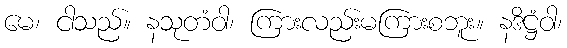
မေ၊ ငါသည်။ နသုတံဝါ၊ ကြားလည်းမကြားစဘူး။ နဒိဋ္ဌံဝါ၊